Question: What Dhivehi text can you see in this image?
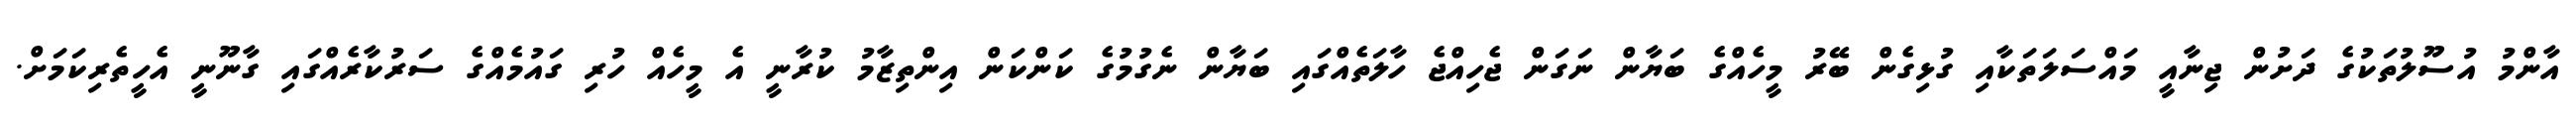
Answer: އާންމު އުސޫލުތަކުގެ ދަށުން ޖިނާއީ މައްސަލަތަކާއި ގުޅިގެން ބޭރު މީހެއްގެ ބަޔާން ނަގަން ޖެހިއްޖެ ހާލަތެއްގައި ބަޔާން ނެގުމުގެ ކަންކަން އިންތިޒާމު ކުރާނީ އެ މީހެއް ހުރި ގައުމެއްގެ ސަރުކާރެއްގައި ގާނޫނީ އެހީތެރިކަމަށް.